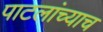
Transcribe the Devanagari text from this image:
पाटलांच्याच